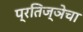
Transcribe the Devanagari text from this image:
प्रतिज्ञेचा